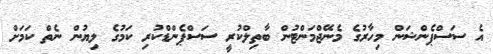
އެ ސަސްޕެންޝަން މިހާރުގެ މެނޭޖްމަންޓުން ބާތިލްކުރީ ސަސްޕެންޑްކުރި ކަމުގެ ލިޔުން ނެތް ކަމަށް